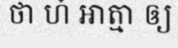
ថា ហ៎ អាត្មា ឲ្យ